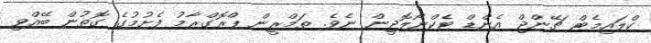
ކްލައިމެޓް ޗޭންޖް އެންޑް ޓެކްނޯލޮޖީން ނެވެ. ތަމްރީން ޕްރޮގްރާމު ފެށުމުގެ ގޮތުން ބޭއްވި